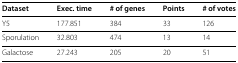
| Dataset | Exec. time | # of genes | Points | # of votes |
 | --- | --- | --- | --- | --- |
 | Y5 | 177.851 | 384 | 33 | 126 |
 | Sporulation | 32.803 | 474 | 13 | 14 |
 | Galactose | 27.243 | 205 | 20 | 51 |